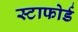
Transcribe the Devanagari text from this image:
स्टाफोर्ड